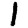
Digit: 1